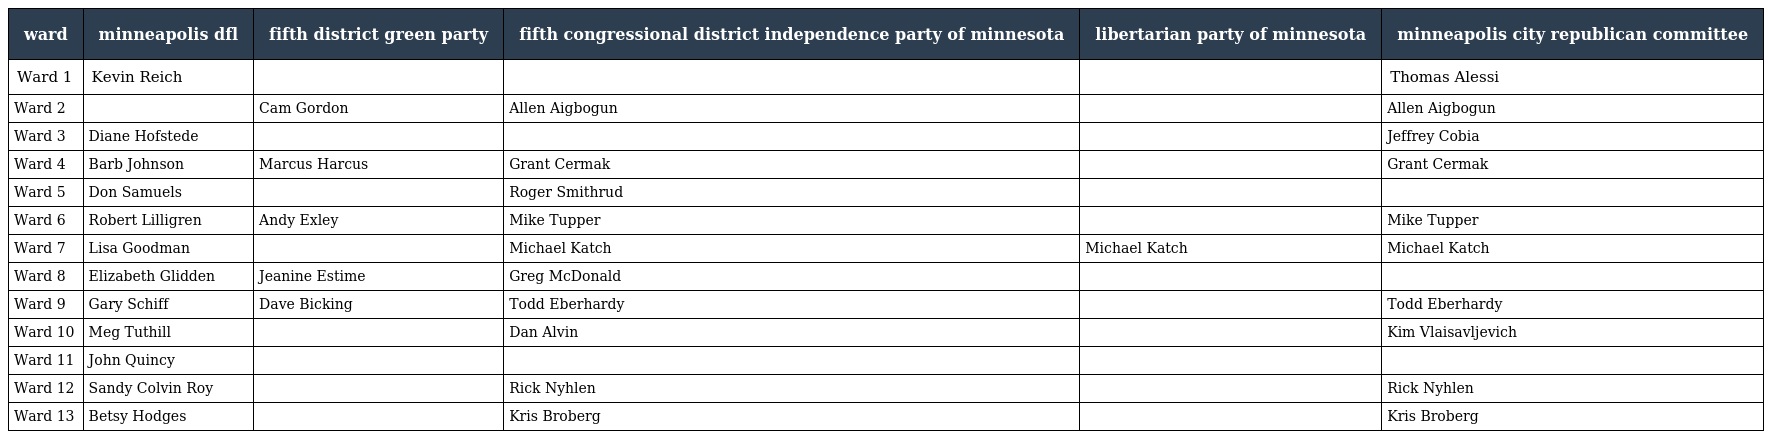
| ward | minneapolis dfl | fifth district green party | fifth congressional district independence party of minnesota | libertarian party of minnesota | minneapolis city republican committee |
 | --- | --- | --- | --- | --- | --- |
 | Ward 1 | Kevin Reich |  |  |  | Thomas Alessi |
 | Ward 2 |  | Cam Gordon | Allen Aigbogun |  | Allen Aigbogun |
 | Ward 3 | Diane Hofstede |  |  |  | Jeffrey Cobia |
 | Ward 4 | Barb Johnson | Marcus Harcus | Grant Cermak |  | Grant Cermak |
 | Ward 5 | Don Samuels |  | Roger Smithrud |  |  |
 | Ward 6 | Robert Lilligren | Andy Exley | Mike Tupper |  | Mike Tupper |
 | Ward 7 | Lisa Goodman |  | Michael Katch | Michael Katch | Michael Katch |
 | Ward 8 | Elizabeth Glidden | Jeanine Estime | Greg McDonald |  |  |
 | Ward 9 | Gary Schiff | Dave Bicking | Todd Eberhardy |  | Todd Eberhardy |
 | Ward 10 | Meg Tuthill |  | Dan Alvin |  | Kim Vlaisavljevich |
 | Ward 11 | John Quincy |  |  |  |  |
 | Ward 12 | Sandy Colvin Roy |  | Rick Nyhlen |  | Rick Nyhlen |
 | Ward 13 | Betsy Hodges |  | Kris Broberg |  | Kris Broberg |